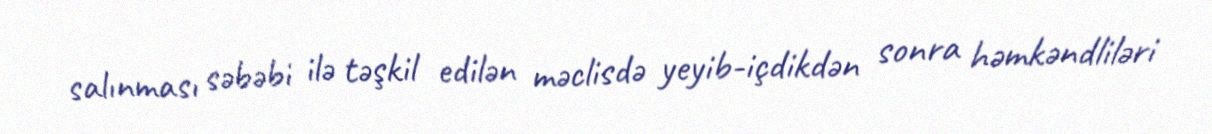
salınması səbəbi ilə təşkil edilən məclisdə yeyib-içdikdən sonra həmkəndliləri